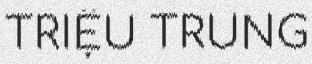
TRIỆU TRUNG